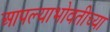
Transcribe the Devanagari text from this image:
आपल्याभोवतीच्या